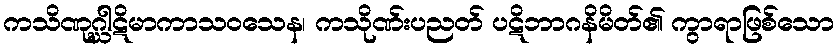
ကသိဏုဂ္ဃါဋိမာကာသဝသေန၊ ကသိုဏ်းပညတ် ပဋိဘာဂနိမိတ်၏ ကွာရာဖြစ်သော